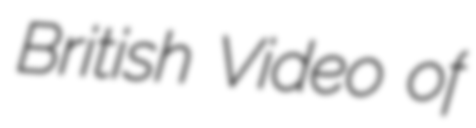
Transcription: British Video of